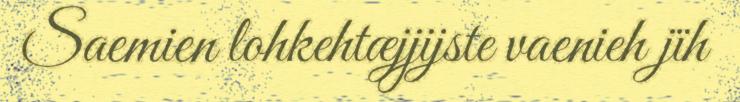
Saemien lohkehtæjjijste vaenieh jïh